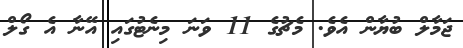
ޖަމާލް ބުޔާން އެވެ. މެޗުގެ 11 ވަނަ މިނެޓުގައި އޭނާ އެ ގޯލް